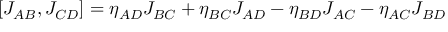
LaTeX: [ J _ { A B } , J _ { C D } ] = \eta _ { A D } J _ { B C } + \eta _ { B C } J _ { A D } - \eta _ { B D } J _ { A C } - \eta _ { A C } J _ { B D }